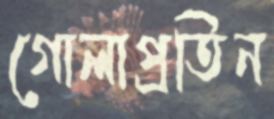
গোলাপ্রতিন